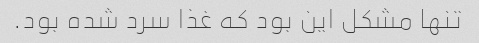
تنها مشکل این بود که غذا سرد شده بود.